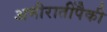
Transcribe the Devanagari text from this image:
अमीरातींपैकी